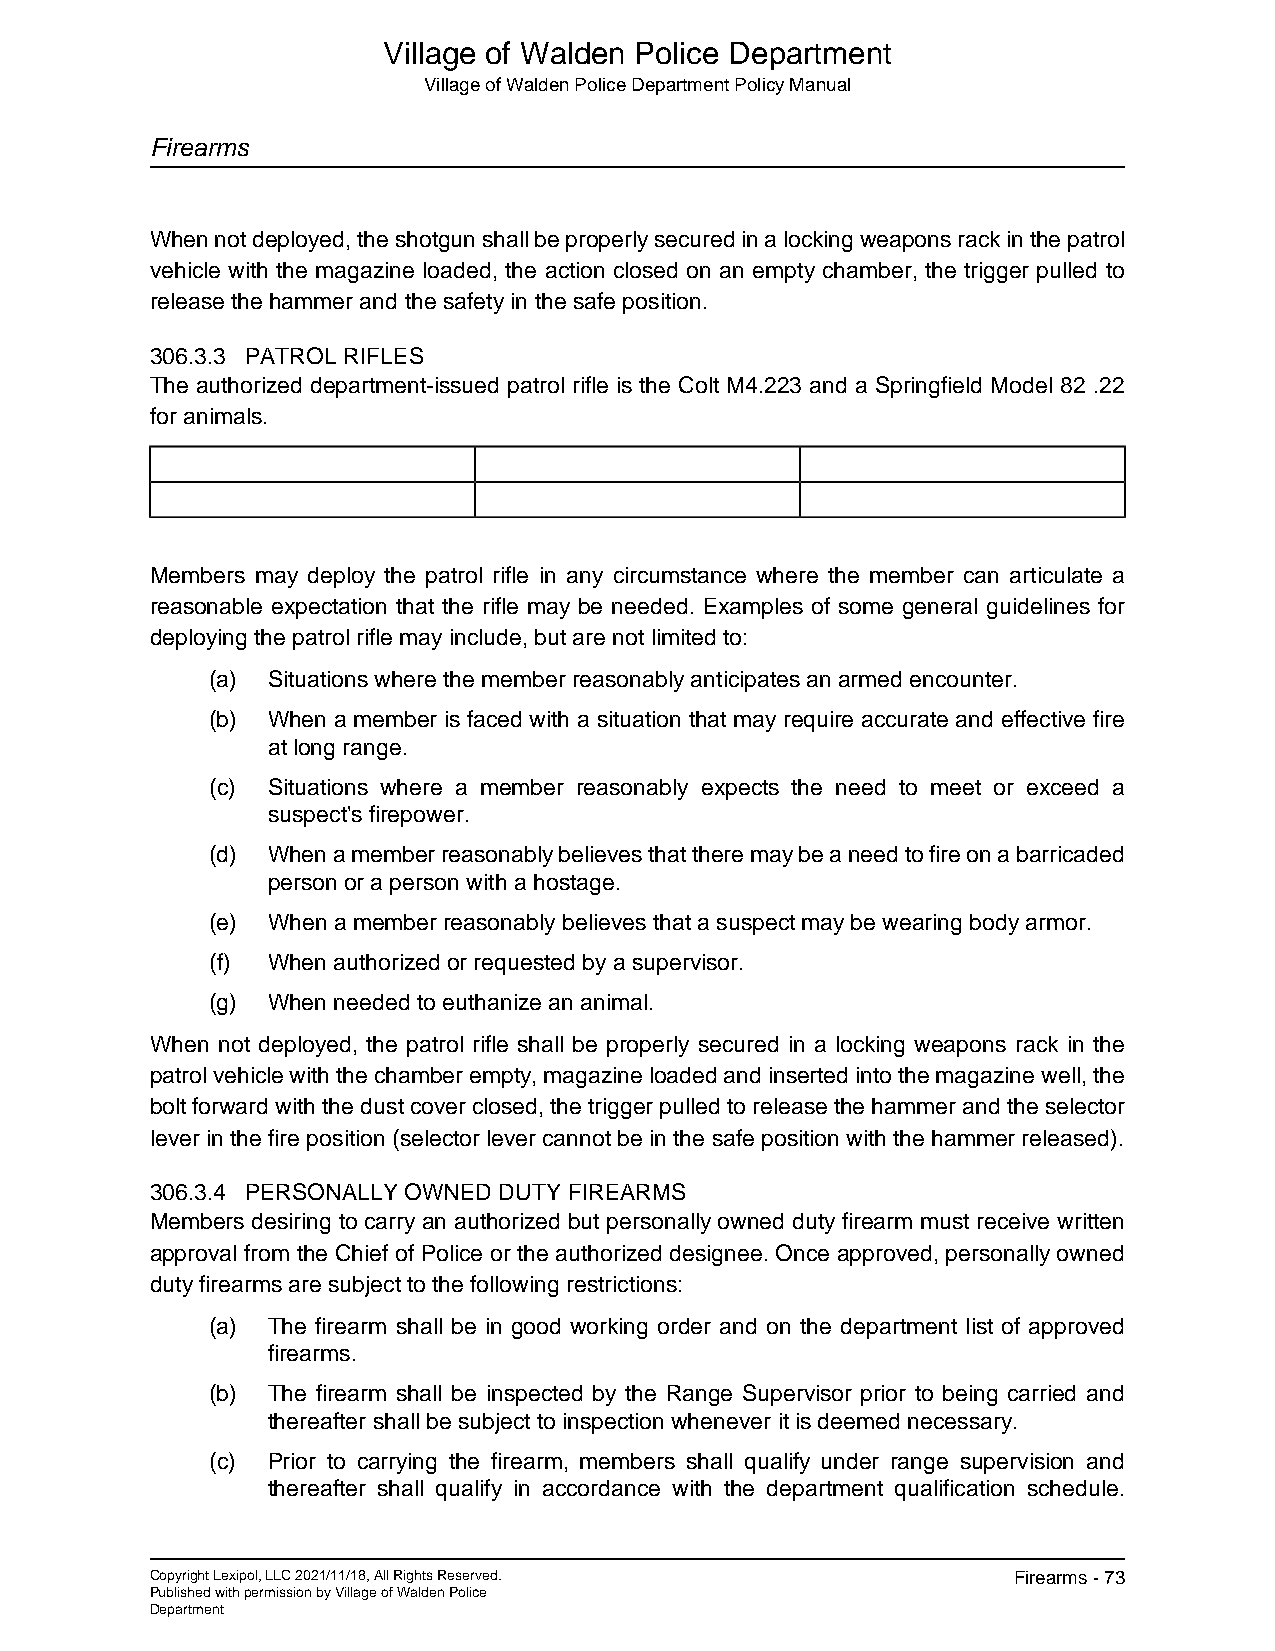
Village of Walden Police Department
 Village of Walden Police Department Policy Manual
 Firearms
 When not deployed, the shotgun shall be properly secured in a locking weapons rack in the patrol
 vehicle with the magazine loaded, the action closed on an empty chamber, the trigger pulled to
 release the hammer and the safety in the safe position.
 306.3.3 PATROL RIFLES
 The authorized department-issued patrol rifle is the Colt M4.223 and a Springfield Model 82 .22
 for animals.
 Members may deploy the patrol rifle in any circumstance where the member can articulate a
 reasonable expectation that the rifle may be needed. Examples of some general guidelines for
 deploying the patrol rifle may include, but are not limited to:
 (a) Situations where the member reasonably anticipates an armed encounter.
 (b) When a member is faced with a situation that may require accurate and effective fire
 at long range.
 (c) Situations where a member reasonably expects the need to meet or exceed a
 suspect's firepower.
 (d) When a member reasonably believes that there may be a need to fire on a barricaded
 person or a person with a hostage.
 (e) When a member reasonably believes that a suspect may be wearing body armor.
 (f) When authorized or requested by a supervisor.
 (g) When needed to euthanize an animal.
 When not deployed, the patrol rifle shall be properly secured in a locking weapons rack in the
 patrol vehicle with the chamber empty, magazine loaded and inserted into the magazine well, the
 bolt forward with the dust cover closed, the trigger pulled to release the hammer and the selector
 lever in the fire position (selector lever cannot be in the safe position with the hammer released).
 306.3.4 PERSONALLY OWNED DUTY FIREARMS
 Members desiring to carry an authorized but personally owned duty firearm must receive written
 approval from the Chief of Police or the authorized designee. Once approved, personally owned
 duty firearms are subject to the following restrictions:
 (a) The firearm shall be in good working order and on the department list of approved
 firearms.
 (b) The firearm shall be inspected by the Range Supervisor prior to being carried and
 thereafter shall be subject to inspection whenever it is deemed necessary.
 (c) Prior to carrying the firearm, members shall qualify under range supervision and
 thereafter shall qualify in accordance with the department qualification schedule.
 Copyright Lexipol, LLC 2021/11/18, All Rights Reserved.  Firearms - 73
 Published with permission by Village of Walden Police
 Department